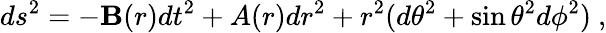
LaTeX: ds^{2}=-\mathbf{B}(r)dt^{2}+A(r)dr^{2}+r^{2}(d\theta^{2}+\sin\theta^{2}d\phi^{2})\ ,